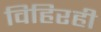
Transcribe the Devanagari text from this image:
विहिरही